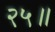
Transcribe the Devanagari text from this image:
२५॥